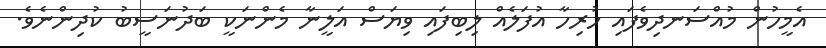
އެމީހުން މުއްސަނދިވެފައި ހުރިހާ އުފަލެއް ލިބިފައި ވިޔަސް އަލީނާ މެންނަކީ ބަދުނަސީބު ކުދިންނެވެ.